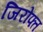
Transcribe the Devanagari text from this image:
जिरोफ्त